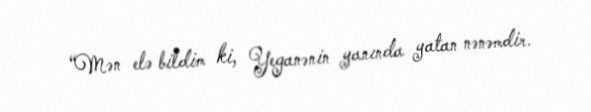
“Mən elə bildim ki, Yeganənin yanında yatan nənəmdir.